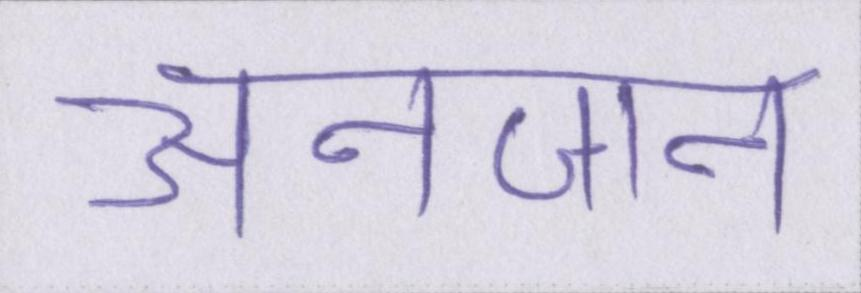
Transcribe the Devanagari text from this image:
अनजान